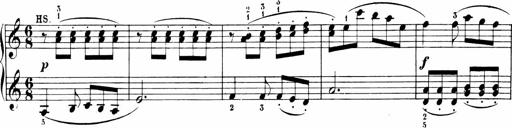
Title: 6 Sonatinas
Composer: Carl Reinecke